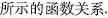
所示的函数关系.